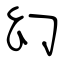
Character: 幻